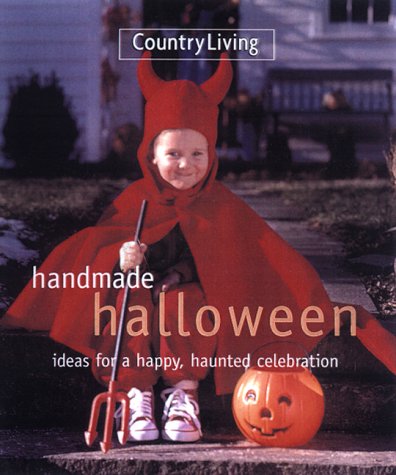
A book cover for Handmade Halloween; Zazel Loven; Cookbooks, Food & Wine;